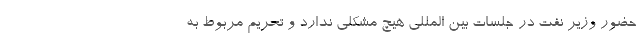
حضور وزیر نفت در جلسات بین المللی هیچ مشکلی ندارد و تحریم مربوط به